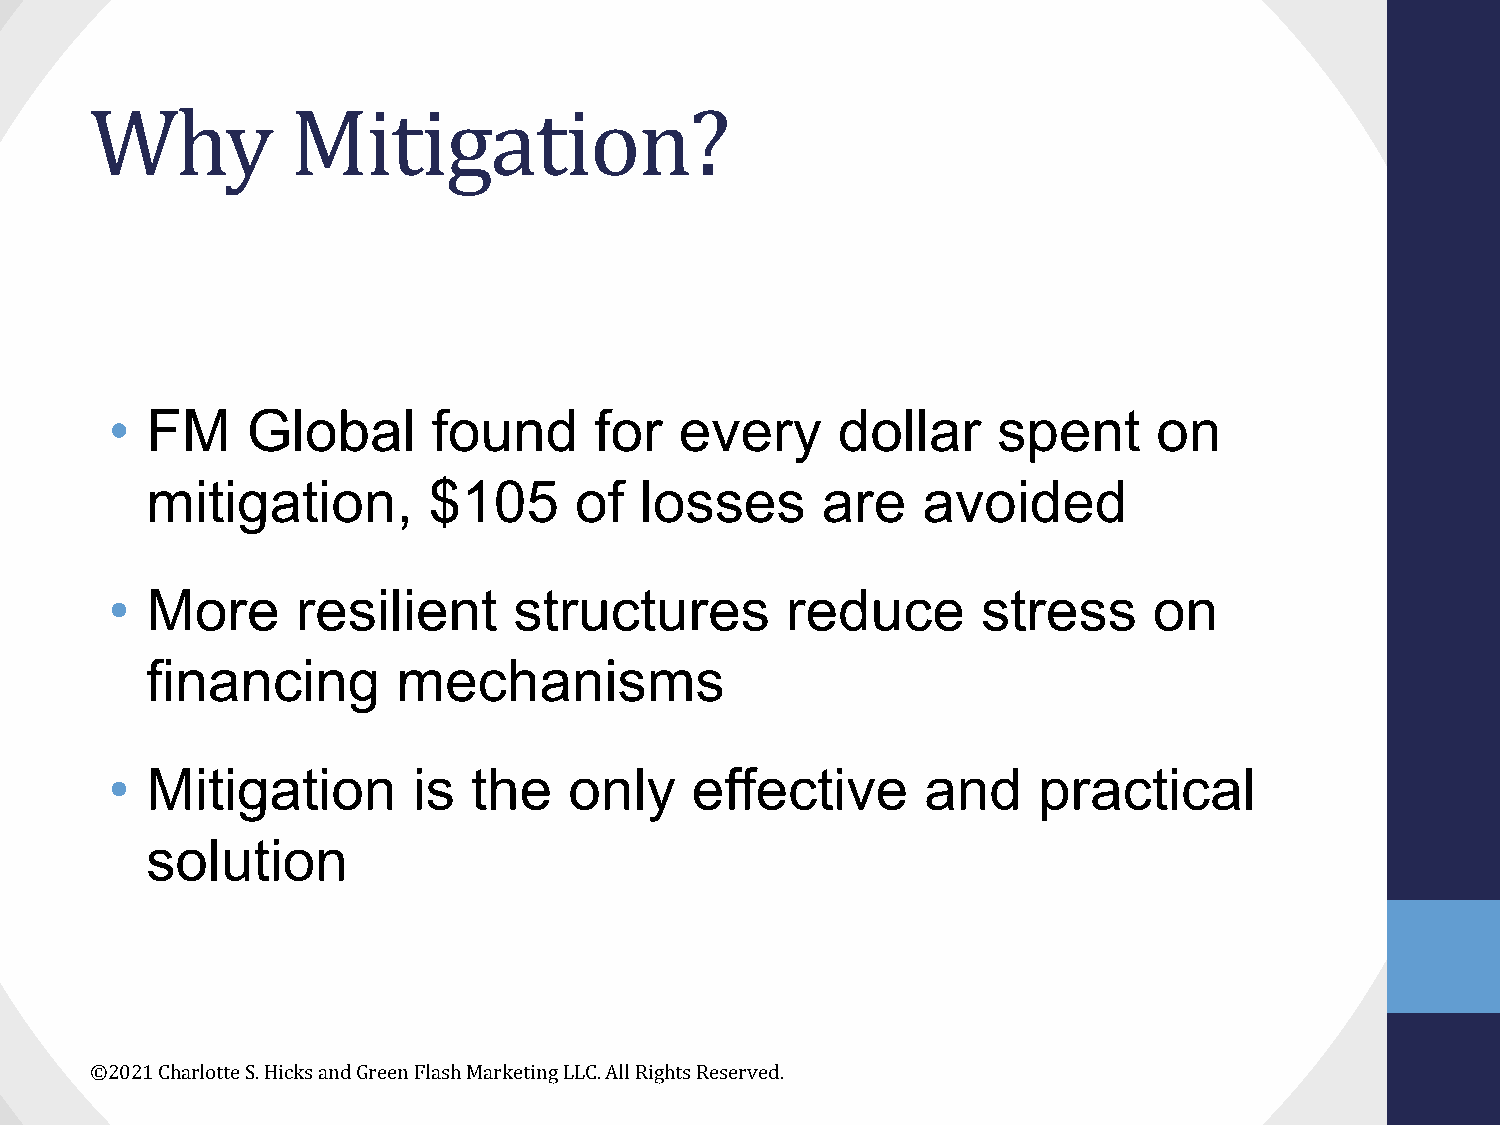
Why          Mitigation?
 •  FM    Global       found     for   every     dollar     spent      on
 mitigation,       $105      of  losses      are    avoided
 •  More      resilient     structures        reduce       stress     on
 financing       mechanisms
 •  Mitigation       is  the    only    effective      and     practical
 solution
 ©2021 Charlotte S. Hicks and Green Flash Marketing LLC. All Rights Reserved.